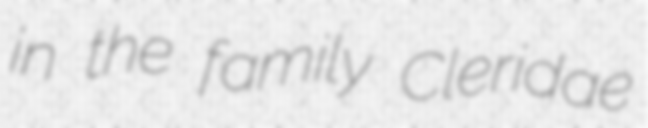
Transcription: in the family Cleridae